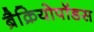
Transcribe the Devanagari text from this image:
ब्रैक्रियोपॉडस